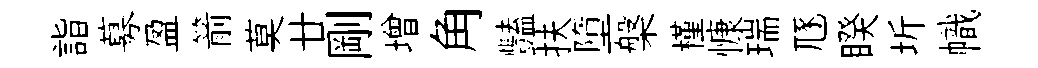
詣募盈箭莫廿剛增角豔扶墮槃槿慷瑞豗睽圻幟